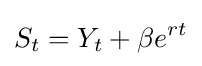
S_{t}=Y_{t}+\beta e^{rt}